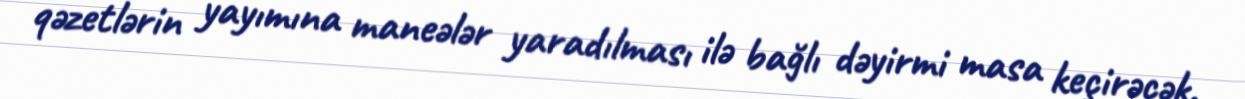
qəzetlərin yayımına maneələr yaradılması ilə bağlı dəyirmi masa keçirəcək.